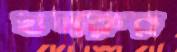
খসরুর